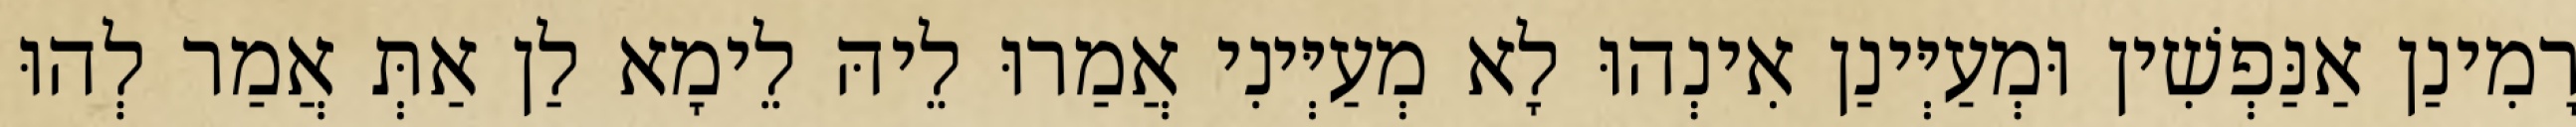
רָמִינַן אַנַּפְשִׁין וּמְעַיְּינַן אִינְהוּ לָא מְעַיְּינִי אֲמַרוּ לֵיהּ לֵימָא לַן אַתְּ אֲמַר לְהוּ